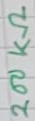
Text: 200KΩ